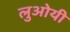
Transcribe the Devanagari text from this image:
लुओयी